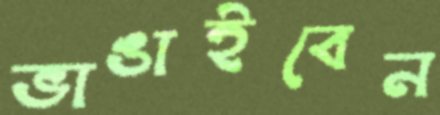
ভাঙাইবেন